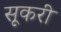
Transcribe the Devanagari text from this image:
सूकरी